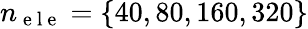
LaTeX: n_{\mathrm{~e~l~e~}}=\{ 40,80,160,320\}